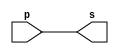
// -------------------------
// Exemplo0001 - buffer
// Nome: Paulo Ricardo B. Souza
// -------------------------

// -------------------------
// -- buffer
// -------------------------

module buffer (output s, input p);
	assign s = p; // criar vinculo permanente
					  // (dependencia)
endmodule // buffer

// -------------------------
// -- test buffer
// -------------------------

module testbuffer;
// ------------------------- dados locais
	reg a; // definir registrador
  		 	 // (variavel independente)
	wire s; // definir conexao (fio)
			  // (variavel dependente )
// ------------------------- instancia
buffer BF1 (s, a);
// ------------------------- preparacao
	initial begin:start
		a=0;
	end
// ------------------------- parte principal
	initial begin:main
				// execucao unitaria
	$display("Exemplo 0001 - Paulo Ricardo B. Souza - 405828");
	$display("Test buffer:");
	$display("\t 	time\ta = s");
				// execucao permanente
	$monitor("%d\t%b = %b", $time, a, s);
				// apos uma unidade de tempo
				// mudar valor do registrador para 0
	#1 a=1;
				// apos duas unidades de tempo
				// mudar valor do registrador para 1
	#2 a=0;
	end
	endmodule // testbuffer